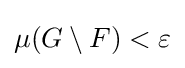
\mu (G\setminus F)<\varepsilon